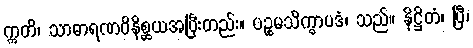
ဣတိ၊ သာဓာရဏဝိနိစ္ဆယအပြီးတည်း။ ပဉ္စမသိက္ခာပဒံ၊ သည်။ နိဋ္ဌိတံ၊ ပြီ၊